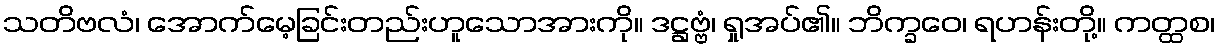
သတိဗလံ၊ အောက်မေ့ခြင်းတည်းဟူသောအားကို။ ဒဋ္ဌဗ္ဗံ၊ ရှုအပ်၏။ ဘိက္ခဝေ၊ ရဟန်းတို့။ ကတ္ထစ၊